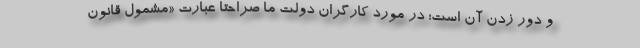
و دور زدن آن است؛ در مورد کارگران دولت ما صراحتاً عبارتِ «مشمول قانون